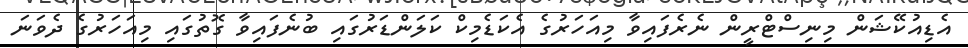
އެޑިއުކޭޝަން މިނިސްޓްރީން ނެރެފައިވާ މިއަހަރުގެ އެކަޑެމިކް ކަލަންޑަރުގައި ބުނެފައިވާ ގޮތުގައި މިއަހަރުގެ ދެވަނަ